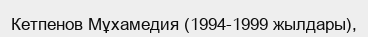
Кетпенов Мұхамедия (1994-1999 жылдары),